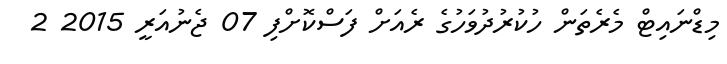
މިޑްނައިޓް މެރެތަން ހުކުރުދުވަހުގެ ރެއަށް ފަސްކޮށްފި 07 ޖެނުއަރީ 2015 2